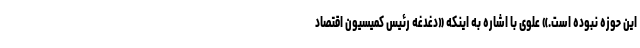
اين حوزه نبوده است.» علوی با اشاره به اينكه «دغدغه رئيس كميسيون اقتصاد